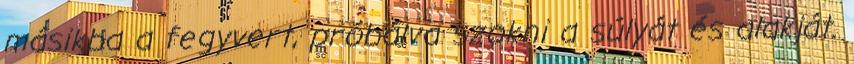
másikba a fegyvert, próbálva szokni a súlyát és alakját.